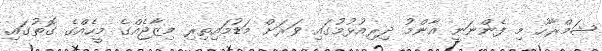
ޝަމްރާހު މި ފެންނަނީ އާންމު ދިރިއުޅުމުގައި ވަރަށް މަޑުމައިތިރި މިޒާޖެއްގެ މީހެއްގެ ގޮތުގައި.